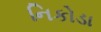
નિકોડા